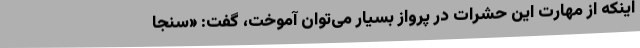
اینکه از مهارت این حشرات در پرواز بسیار می‌توان آموخت، گفت: «سنجا